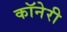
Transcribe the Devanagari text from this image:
कॉनेरी